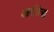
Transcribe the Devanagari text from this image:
आर्देन्नेस